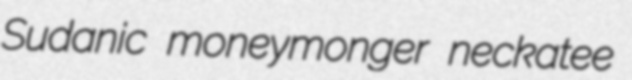
Sudanic moneymonger neckatee